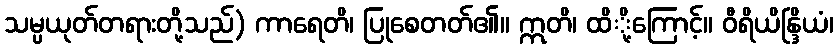
သမ္ပယုတ်တရားတို့သည်) ကာရေတိ၊ ပြုစေတတ်၏။ ဣတိ၊ ထိို့ကြောင့်။ ဝီရိယိန္ဒြိယံ၊